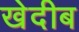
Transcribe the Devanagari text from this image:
खेदीब